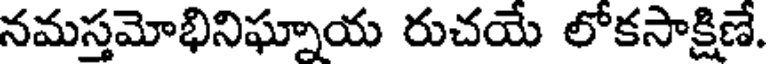
నమస్తమోభినిఘ్నాయ రుచయే లోకసాక్షిణే.